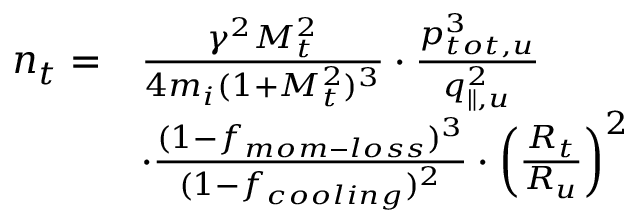
\begin{array} { r l } { n _ { t } = } & { \frac { \gamma ^ { 2 } M _ { t } ^ { 2 } } { 4 m _ { i } ( 1 + M _ { t } ^ { 2 } ) ^ { 3 } } \cdot \frac { p _ { t o t , u } ^ { 3 } } { q _ { \parallel , u } ^ { 2 } } } \\ & { \cdot \frac { ( 1 - f _ { m o m - l o s s } ) ^ { 3 } } { ( 1 - f _ { c o o l i n g } ) ^ { 2 } } \cdot \left( \frac { R _ { t } } { R _ { u } } \right) ^ { 2 } } \end{array}